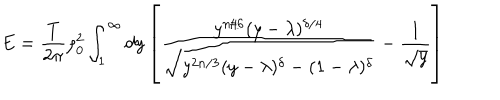
LaTeX: E = { \frac { T } { 2 \pi } } \rho _ { 0 } ^ { 2 } \int _ { 1 } ^ { \infty } d y \left[ { \frac { y ^ { n / 6 } ( y - \lambda ) ^ { \delta / 4 } } { \sqrt { y ^ { 2 n / 3 } ( y - \lambda ) ^ { \delta } - ( 1 - \lambda ) ^ { \delta } } } } - { \frac { 1 } { \sqrt { y } } } \right]